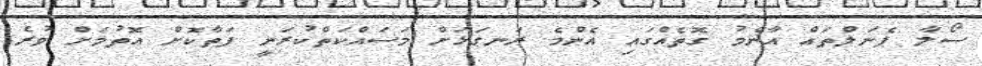
ސޯލާ ޕެނަލްތައް އާންމު ގޮތެއްގައި އެންމެ ރަނގަޅަށް މަސައްކަތްކުރަނީ ފަތާކޮށް އޮތުމަށް ވުރެ